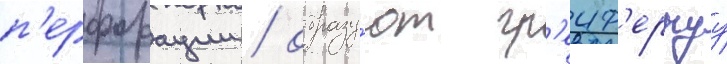
п'ерфорации / образу́ют гр'еиф'ернуу